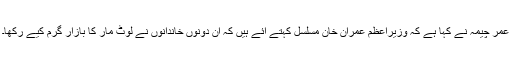
عمر چیمہ نے کہا ہے کہ وزیراعظم عمران خان مسلسل کہتے آئے ہیں کہ ان دونوں خاندانوں نے لوٹ مار کا بازار گرم کیے رکھا۔